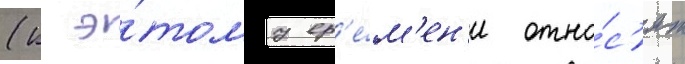
(к э́тому вр'е́м'ен'и отно́с'ят